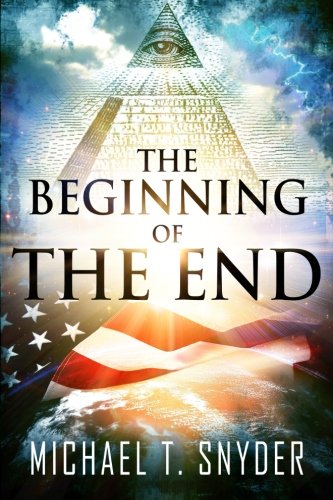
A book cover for The Beginning Of The End; Michael Snyder; Comics & Graphic Novels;